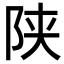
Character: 陕